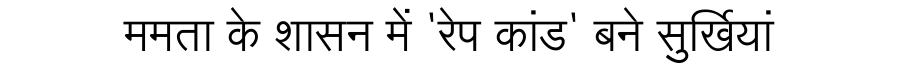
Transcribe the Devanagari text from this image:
ममता के शासन में 'रेप कांड' बने सुर्खियां